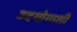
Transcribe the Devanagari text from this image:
उदयोगाशी